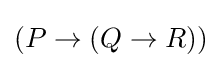
(P\to (Q\to R))